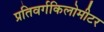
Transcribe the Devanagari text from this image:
प्रतिवर्गकिलोमीटर